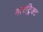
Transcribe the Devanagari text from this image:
मारट्रिक्ट